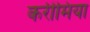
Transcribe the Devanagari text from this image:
करीमिया